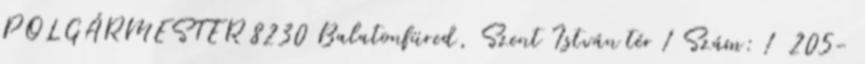
POLGÁRMESTER 8230 Balatonfüred, Szent István tér 1 Szám: 1 205-